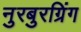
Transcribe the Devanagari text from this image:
नुरबुरग्रिंग